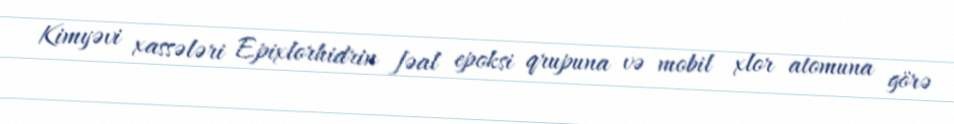
Kimyəvi xassələri Epixlorhidrin fəal epoksi qrupuna və mobil xlor atomuna görə